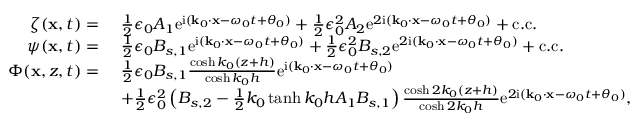
\begin{array} { r l } { \zeta ( \mathbf { x } , t ) = ~ } & { \frac { 1 } { 2 } \epsilon _ { 0 } A _ { 1 } \mathrm { e } ^ { \mathrm { i } ( \mathbf { k } _ { 0 } \cdot \mathbf { x } - \omega _ { 0 } t + \theta _ { 0 } ) } + \frac { 1 } { 2 } \epsilon _ { 0 } ^ { 2 } A _ { 2 } \mathrm { e } ^ { 2 \mathrm { i } ( \mathbf { k } _ { 0 } \cdot \mathbf { x } - \omega _ { 0 } t + \theta _ { 0 } ) } + \mathrm { c . c . } } \\ { \psi ( \mathbf { x } , t ) = ~ } & { \frac { 1 } { 2 } \epsilon _ { 0 } B _ { s , 1 } \mathrm { e } ^ { \mathrm { i } ( \mathbf { k } _ { 0 } \cdot \mathbf { x } - \omega _ { 0 } t + \theta _ { 0 } ) } + \frac { 1 } { 2 } \epsilon _ { 0 } ^ { 2 } B _ { s , 2 } \mathrm { e } ^ { 2 \mathrm { i } ( \mathbf { k } _ { 0 } \cdot \mathbf { x } - \omega _ { 0 } t + \theta _ { 0 } ) } + \mathrm { c . c . } } \\ { \Phi ( \mathbf { x } , z , t ) = ~ } & { \frac { 1 } { 2 } \epsilon _ { 0 } B _ { s , 1 } \frac { \cosh k _ { 0 } ( z + h ) } { \cosh k _ { 0 } h } \mathrm { e } ^ { \mathrm { i } ( \mathbf { k } _ { 0 } \cdot \mathbf { x } - \omega _ { 0 } t + \theta _ { 0 } ) } } \\ & { + \frac { 1 } { 2 } \epsilon _ { 0 } ^ { 2 } \left( B _ { s , 2 } - \frac { 1 } { 2 } k _ { 0 } \operatorname { t a n h } k _ { 0 } h A _ { 1 } B _ { s , 1 } \right) \frac { \cosh 2 k _ { 0 } ( z + h ) } { \cosh 2 k _ { 0 } h } \mathrm { e } ^ { 2 \mathrm { i } ( \mathbf { k } _ { 0 } \cdot \mathbf { x } - \omega _ { 0 } t + \theta _ { 0 } ) } , } \end{array}